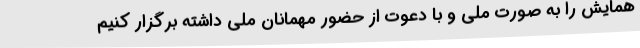
همایش را به صورت ملی و با دعوت از حضور مهمانان ملی داشته برگزار کنیم